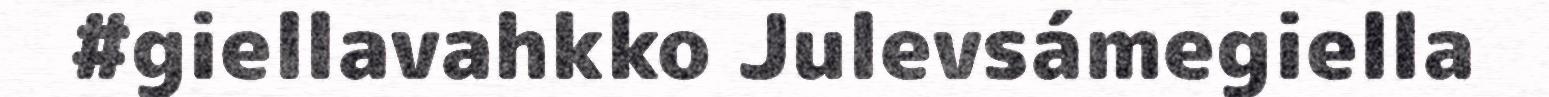
#giellavahkko Julevsámegiella